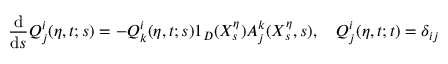
\frac { \mathrm { d } } { \mathrm { d } s } Q _ { j } ^ { i } ( \eta , t ; s ) = - Q _ { k } ^ { i } ( \eta , t ; s ) 1 _ { D } ( X _ { s } ^ { \eta } ) A _ { j } ^ { k } ( X _ { s } ^ { \eta } , s ) , \quad Q _ { j } ^ { i } ( \eta , t ; t ) = \delta _ { i j }